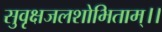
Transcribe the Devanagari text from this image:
सुवृक्षजलशोभिताम्।।